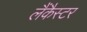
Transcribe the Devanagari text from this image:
लैंकैस्टर